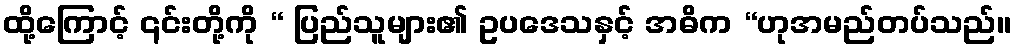
ထို့ကြောင့် ၎င်းတို့ကို “ ပြည်သူများ၏ ဥပဒေသနှင့် အဓိက “ဟုအမည်တပ်သည်။